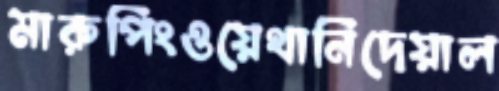
মারুপিংওয়েথানিদেয়াল